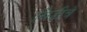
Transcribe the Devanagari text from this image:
खिंडीचे